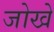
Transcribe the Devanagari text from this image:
जोखे